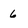
Character: 6